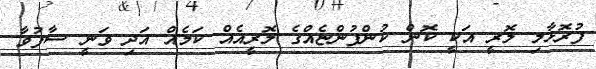
ފުރޮޅާލި ލޮރީ އަކީ ކޮން ކުންފުންޏެއްގެ ލޮރީއެއް ކަމެއް އަދި ވަނީ ސާފުވާ